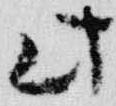
此